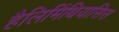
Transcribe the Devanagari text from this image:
हैलिमिंथियासिस